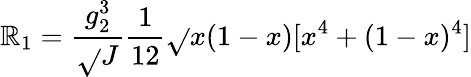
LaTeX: \mathbb{R}_{1}=\frac{{g_{2}^{3}}}{{\sqrt{}{{J}}}}\frac{{1}}{{12}}\sqrt{}{{x(1-x)}}[x^{4}+(1-x)^{4}]